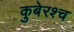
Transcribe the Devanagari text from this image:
कुबेरश्च